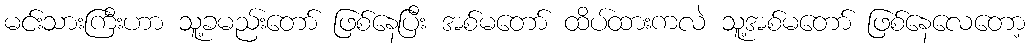
မင်းသားကြီးဟာ သူ့ခမည်းတော် ဖြစ်နေပြီး အစ်မတော် ထိပ်ထားကလဲ သူ့အစ်မတော် ဖြစ်နေလေတော့